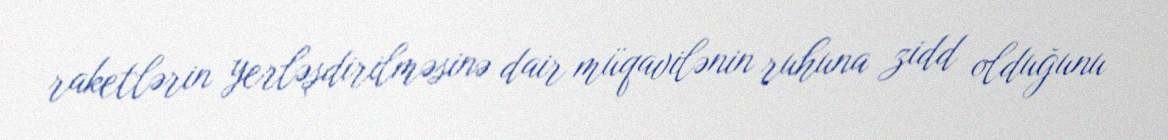
raketlərin yerləşdirilməsinə dair müqavilənin ruhuna zidd olduğunu